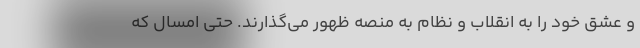
و عشق خود را به انقلاب و نظام به منصه ظهور می‌گذارند. حتی امسال که